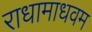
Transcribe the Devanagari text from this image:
राधामाधवम